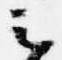
云